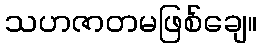
သဟဇာတမဖြစ်ချေ။